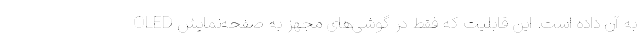
به آن داده است. این قابلیت که فقط در گوشی‌های مجهز به صفحه‌نمایش OLED